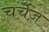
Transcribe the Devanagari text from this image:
चर्चेज़